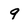
Character: 9